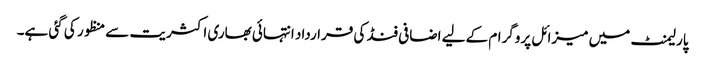
پارلیمنٹ میں میزائل پروگرام کے لیے اضافی فنڈ کی قرارداد انتہائی بھاری اکثریت سے منظور کی گئی ہے۔